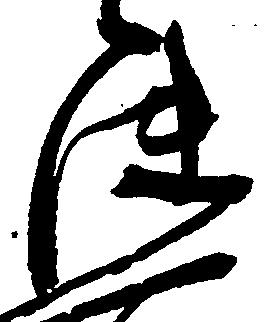
使